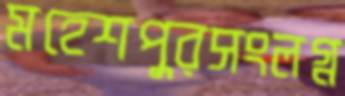
মহেশপুরসংলগ্ন